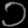
Digit: ၁